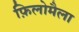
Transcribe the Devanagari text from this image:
फ़िलोमैला